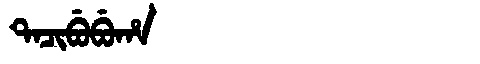
Manchu: ᡨᠠᠴᡳᠪᡠᠪᡠᡥᠠ
Romanization: TACIBUBUHA